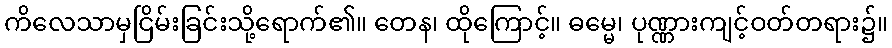
ကိလေသာမှငြိမ်းခြင်းသို့ရောက်၏။ တေန၊ ထိုကြောင့်။ ဓမ္မေ၊ ပုဏ္ဏားကျင့်ဝတ်တရား၌။